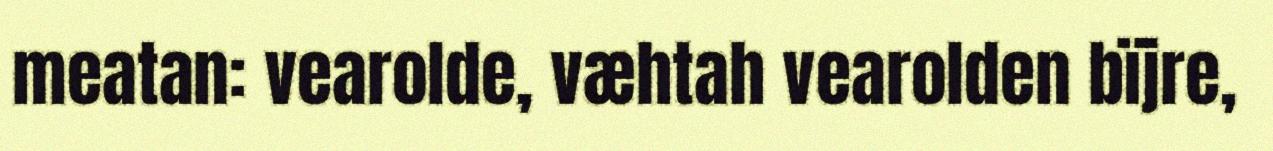
meatan: vearolde, væhtah vearolden bïjre,